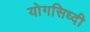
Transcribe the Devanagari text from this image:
योगसिध्दी